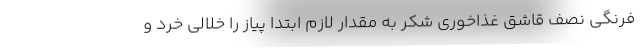
فرنگی نصف قاشق غذاخوری شکر به مقدار لازم ابتدا پیاز را خلالی خرد و